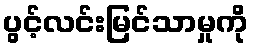
ပွင့်လင်းမြင်သာမှုကို